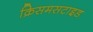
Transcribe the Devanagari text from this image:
क्रिसमसटाइड